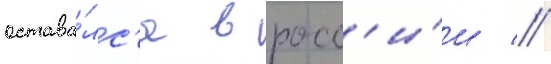
остава́лс'я в росс'и́и //